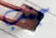
جنب